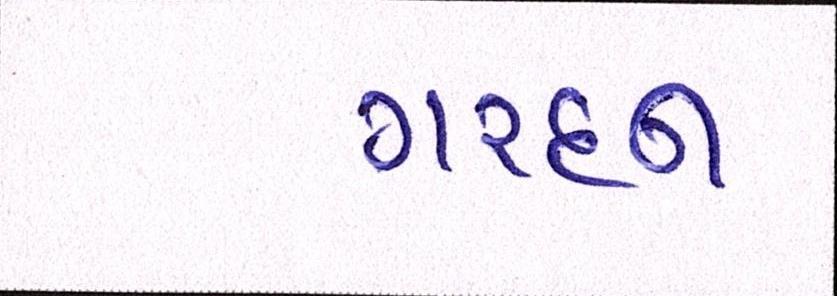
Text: ગરદન